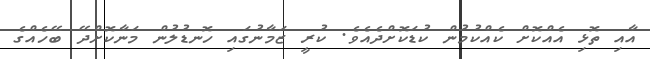
އާއި ތޮޅި އެއްކޮށް ކެއްކުމުން ކުޑަކޮށްދެއެވެ. ކުރީ ޒަމާނުގައި ހޮނޑުލުން މަނާކޮށްދޭ ބޭހެއްގެ